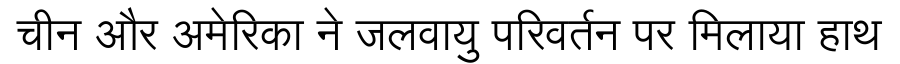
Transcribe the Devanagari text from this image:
चीन और अमेरिका ने जलवायु परिवर्तन पर मिलाया हाथ